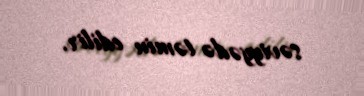
səviyyədə təmin edilir.